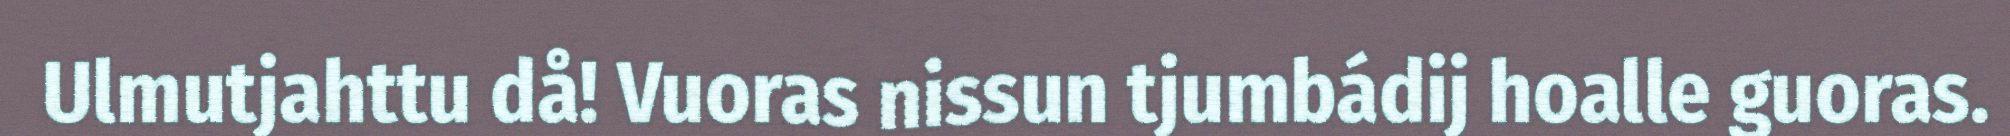
Ulmutjahttu då! Vuoras nissun tjumbádij hoalle guoras.